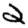
Digit: 2